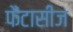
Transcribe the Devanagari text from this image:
फैंटासीज